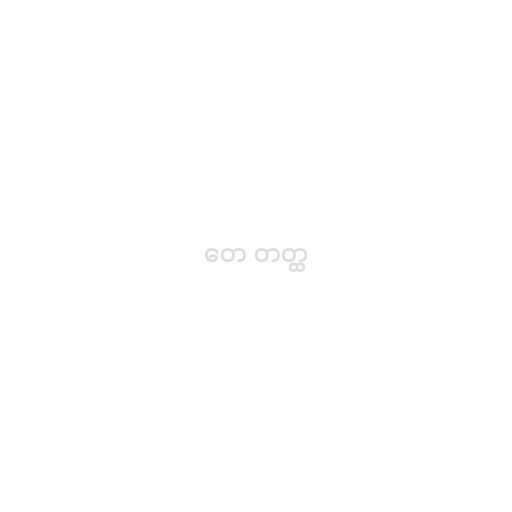
တေ တတ္ထ